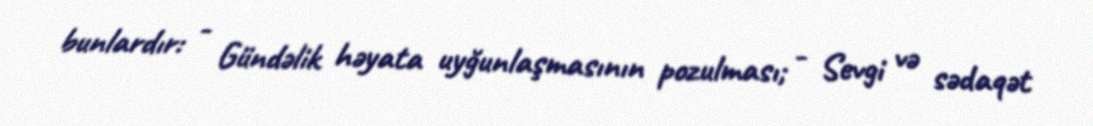
bunlardır: - Gündəlik həyata uyğunlaşmasının pozulması; - Sevgi və sədaqət